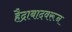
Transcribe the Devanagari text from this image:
हैद्राबादवरून